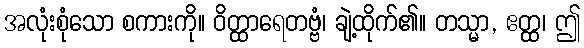
အလုံးစုံသော စကားကို။ ဝိတ္ထာရေတဗ္ဗံ၊ ချဲ့ထိုက်၏။ တသ္မာ, ဧတ္ထ၊ ဤ